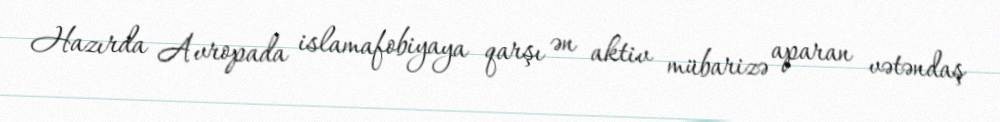
Hazırda Avropada islamafobiyaya qarşı ən aktiv mübarizə aparan vətəndaş